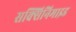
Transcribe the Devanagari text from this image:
सक्सिनिमाइड